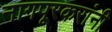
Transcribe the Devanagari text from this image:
नागपूरकरांनी